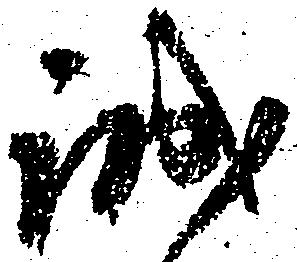
誠